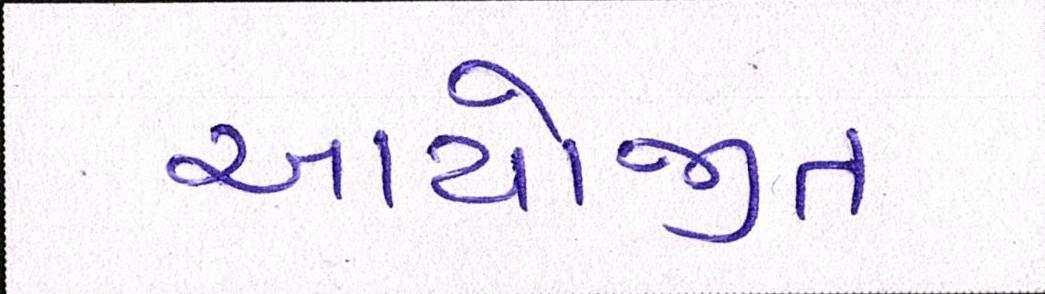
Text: આયોજીત